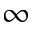
\infty